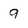
Character: 9